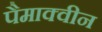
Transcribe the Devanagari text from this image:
पैमाक्वीन